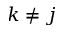
k \neq j